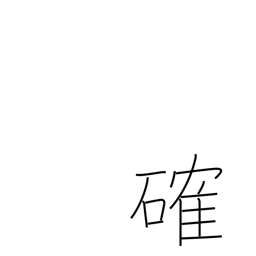
Meaning: firm